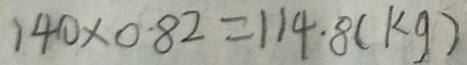
1 4 0 \times 0 . 8 2 = 1 1 4 . 8 ( k g )